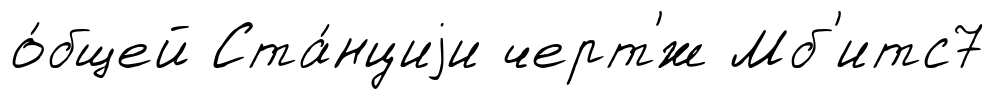
о́бщей Ста́нциjи черт'́ж Мб'итс7